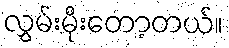
လွှမ်းမိုးတော့တယ်။